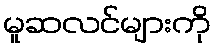
မူဆလင်များကို